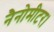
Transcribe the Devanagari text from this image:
नैनोमीटर।